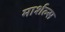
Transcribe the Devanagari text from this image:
मार्शल्स